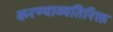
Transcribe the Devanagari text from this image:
करण्याव्यतिरिक्त